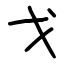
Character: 戈